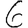
Digit: 6